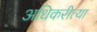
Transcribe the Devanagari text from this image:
अधिकरीत्या